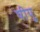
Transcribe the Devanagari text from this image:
षीयू